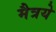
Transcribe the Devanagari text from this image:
मैत्रये